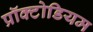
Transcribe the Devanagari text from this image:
प्रॉक्टोडियम